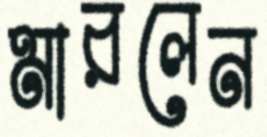
মারলেন